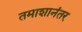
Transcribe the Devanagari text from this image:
तमाशानंतर